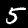
Label: 5